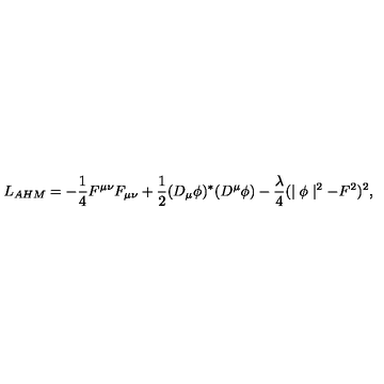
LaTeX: L _ { A H M } = - { \frac { 1 } { 4 } } F ^ { \mu \nu } F _ { \mu \nu } + { \frac { 1 } { 2 } } ( D _ { \mu } \phi ) ^ { * } ( D ^ { \mu } \phi ) - { \frac { \lambda } { 4 } } ( \mid \phi \mid ^ { 2 } - F ^ { 2 } ) ^ { 2 } ,